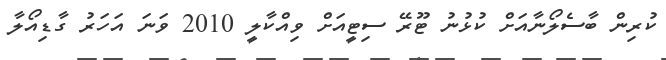
ކުރިން ބާސެލޯނާއަށް ކުޅުނު ޓޫރޭ ސިޓީއަށް ވިއްކާލީ 2010 ވަނަ އަހަރު ގާޑިއޯލާ